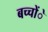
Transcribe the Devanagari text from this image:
बच्चोंे